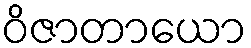
ဝိဇာတာယော